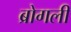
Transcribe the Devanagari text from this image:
ब्रोगली